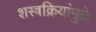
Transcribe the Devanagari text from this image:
शस्त्रक्रियांमुळे